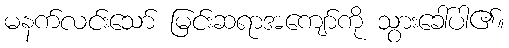
မနက်လင်းသော် မြင်းဆရာအကျော်ကို သွားခေါ်ပါ၏။